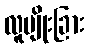
လူမျိုးခြား